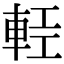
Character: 𨋷